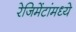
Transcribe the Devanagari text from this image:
रेजिमेंटांमध्ये